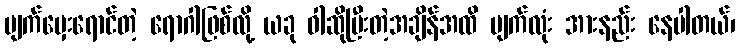
မျက်မှေးရောင်တဲ့ ရောဂါဖြစ်လို့ ယခု ဝါဆိုပြီးတဲ့အချိန်အထိ မျက်လုံး အားနည်း နေပါတယ်၊